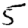
Digit: 5